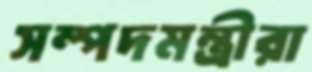
সম্পদমন্ত্রীরা